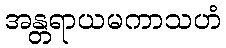
အန္တရာယမကာသဟံ